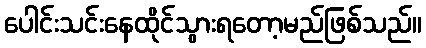
ပေါင်းသင်းနေထိုင်သွားရတော့မည်ဖြစ်သည်။